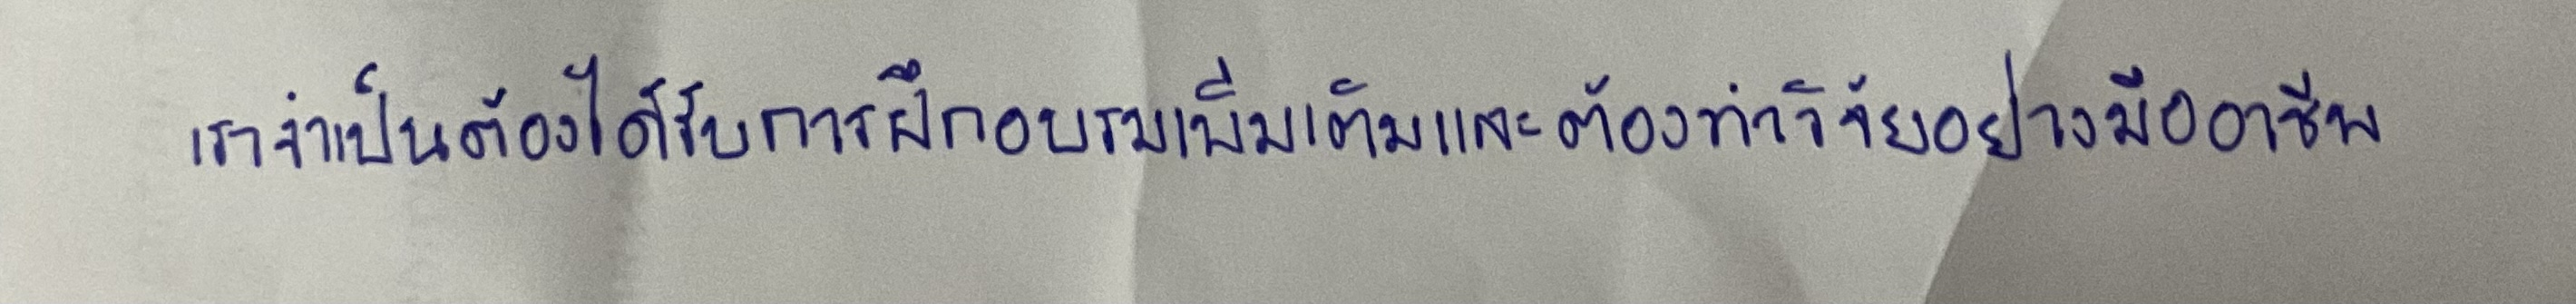
เราจำเป็นต้องได้รับการฝึกอบรมเพิ่มเติมและต้องทำวิจัยอย่างมืออาชีพ